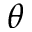
\boldsymbol { \theta }